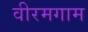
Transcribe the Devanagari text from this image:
वीरमगाम